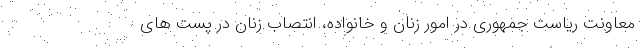
معاونت ریاست جمهوری در امور زنان و خانواده، انتصاب زنان در پست های